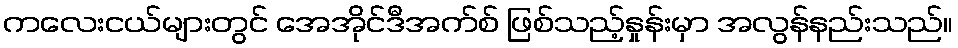
ကလေးငယ်များတွင် အေအိုင်ဒီအက်စ် ဖြစ်သည့်နှုန်းမှာ အလွန်နည်းသည်။